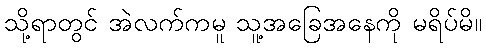
သို့ရာတွင် အဲလက်ကမူ သူ့အခြေအနေကို မရိပ်မိ။